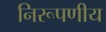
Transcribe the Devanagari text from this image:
निरूपणीय